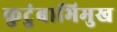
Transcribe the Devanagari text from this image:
कुटुंबाभिमुख